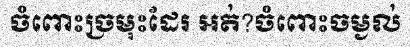
ចំពោះច្រមុះដែរ អត់?ចំពោះចម្ងល់